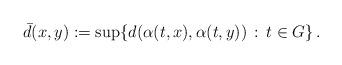
LaTeX: \begin{align*}\bar{d}(x,y):=\sup\{ d(\alpha(t,x),\alpha(t,y)) \,:\, t \in G \} \,.\end{align*}